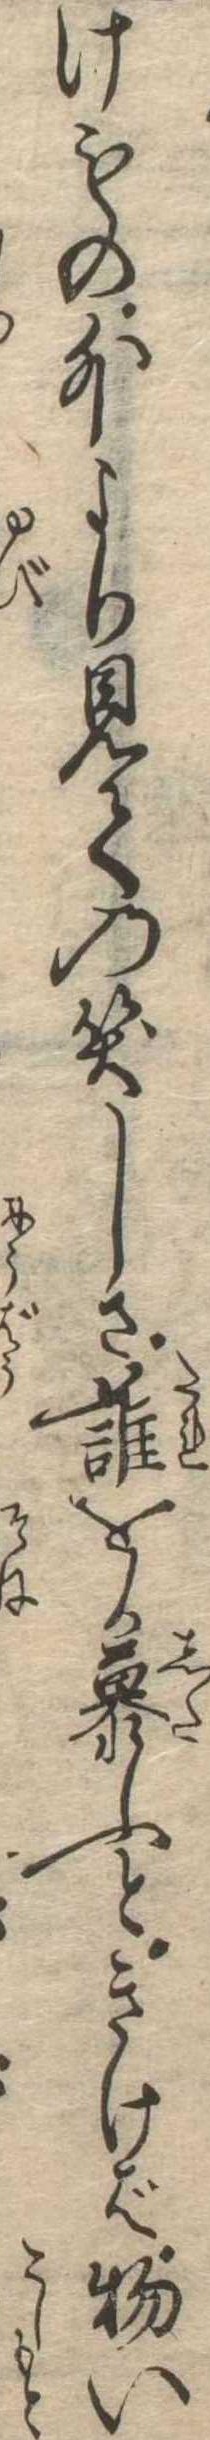
けもの外より見ての笑しさ誰をか慕ふときけば物い